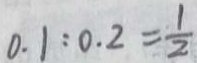
0 . 1 : 0 . 2 = \frac { 1 } { 2 }